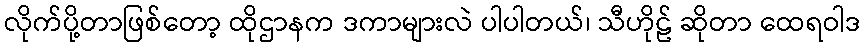
လိုက်ပို့တာဖြစ်တော့ ထိုဌာနက ဒကာများလဲ ပါပါတယ်၊ သီဟိုဠ် ဆိုတာ ထေရဝါဒ